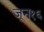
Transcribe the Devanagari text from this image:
जून१६